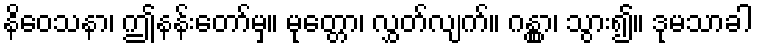
နိဝေသနာ၊ ဤနန်းတော်မှ။ မုတ္တော၊ လွှတ်လျက်။ ဂန္တွာ၊ သွား၍။ ဒုမသာခါ